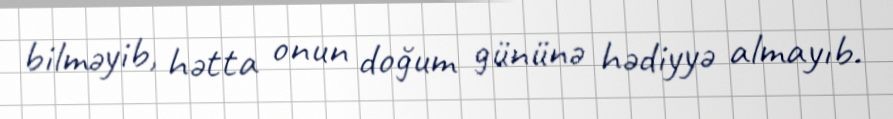
bilməyib, hətta onun doğum gününə hədiyyə almayıb.